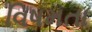
વિષમતા